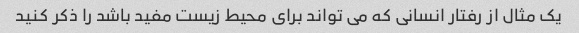
یک مثال از رفتار انسانی که می تواند برای محیط زیست مفید باشد را ذکر کنید